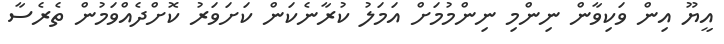
އީޔޫ އިން ވަކިވާން ނިންމި ނިންމުމަށް އަމަލު ކުރާނެކަން ކަށަވަރު ކޮށްދެއްވަމުން ތެރެސާ